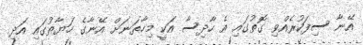
އޭނާ ސިފަކުރެއްވި ގޮތުގައި އެ ހާދިސާ އަކީ މިހާތަނަށް އޭނާގެ ހަޔާތުގައި އަދި